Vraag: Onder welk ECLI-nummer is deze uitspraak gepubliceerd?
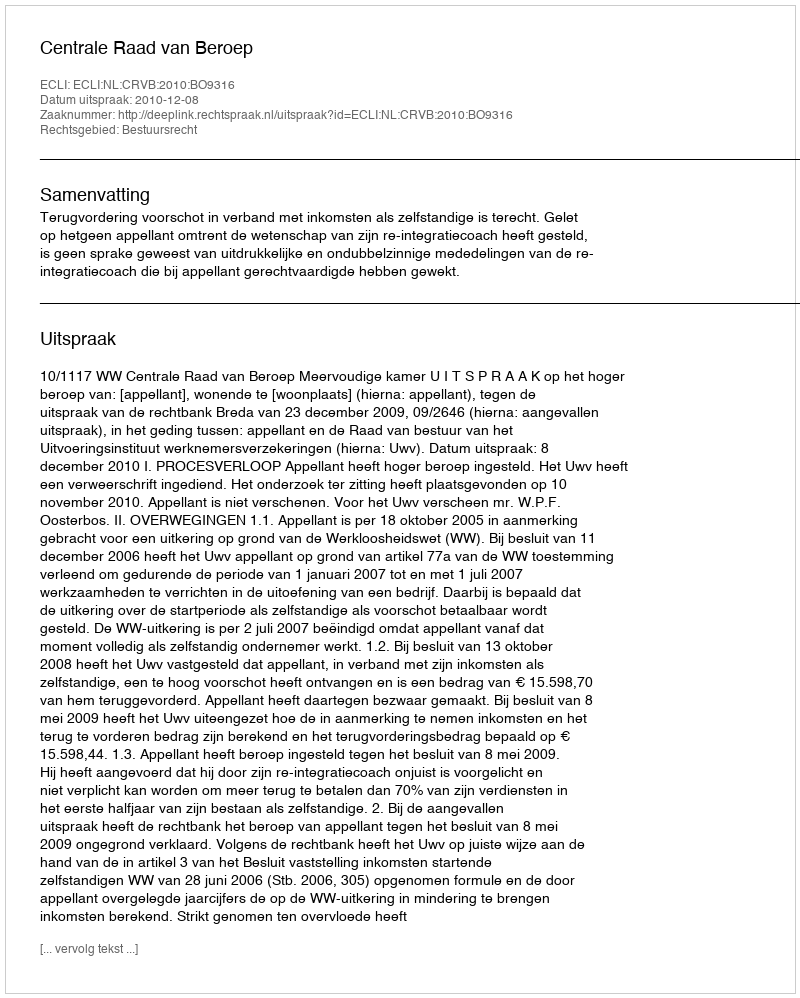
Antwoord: ECLI:NL:CRVB:2010:BO9316